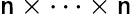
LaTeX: \mathsf{n}\times\cdots\times\mathsf{n}